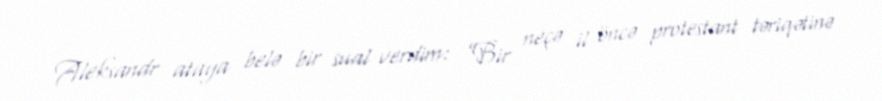
Aleksandr ataya belə bir sual verdim: ”Bir neçə il öncə protestant təriqətinə